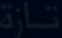
نارة